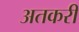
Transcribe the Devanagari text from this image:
अतकरी